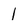
Character: 1